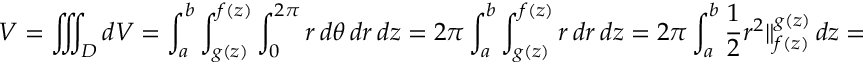
V = \iiint _ { D } d V = \int _ { a } ^ { b } \int _ { g ( z ) } ^ { f ( z ) } \int _ { 0 } ^ { 2 \pi } r \, d \theta \, d r \, d z = 2 \pi \int _ { a } ^ { b } \int _ { g ( z ) } ^ { f ( z ) } r \, d r \, d z = 2 \pi \int _ { a } ^ { b } { \frac { 1 } { 2 } } r ^ { 2 } \Vert _ { f ( z ) } ^ { g ( z ) } \, d z = \pi \int _ { a } ^ { b } f ( z ) ^ { 2 } - g ( z ) ^ { 2 } \, d z